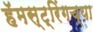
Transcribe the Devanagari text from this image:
हॅमस्ट्रिंगच्या